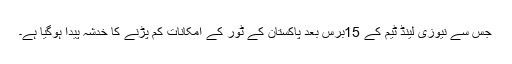
جس سے نیوزی لینڈ ٹیم کے 15برس بعد پاکستان کے ٹور کے امکانات کم پڑنے کا خدشہ پیدا ہوگیا ہے۔